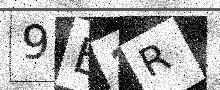
Text: 9E3R